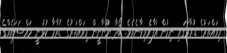
މިވައްތަރުގެ ޑުރާމާގައި ނިމުން އުފާވެރިވާނެއެވެ. ބޯދާ ޔޫނާނީން މިވައްތަރުގެ ޑުރާމާ ކުޅުނީ މައްސަލައެއްގެ